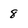
Character: 8